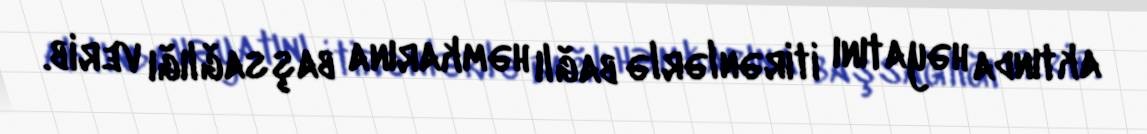
aktında həyatını itirənlərlə bağlı həmkarına başsağlığı verib.